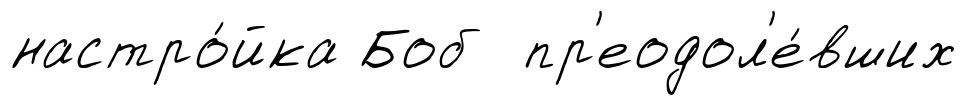
настро́йка Боб пр'еодол'е́вших